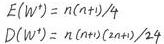
\begin{align}
E(W^+)&=n(n + 1)/4\\
D(W^+)&=n(n + 1)(2n+1)/24
\end{align}